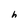
Character: h